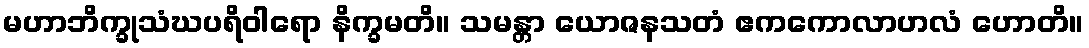
မဟာဘိက္ခုသံဃပရိဝါရော နိက္ခမတိ။ သမန္တာ ယောဇနသတံ ဧကကောလာဟလံ ဟောတိ။